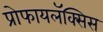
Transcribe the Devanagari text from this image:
प्रोफायलॅक्सिस